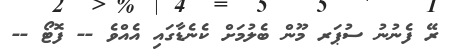
ރޭ ފެނުނު ސުޕަރ މޫން ބެލުމަށް ކެނެޑާގައި އެއްވެ -- ފޮޓޯ --